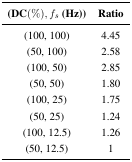
<table><thead><tr><td><b>(DC(%), <i>f<sub>s</sub></i>(Hz))</b></td><td><b>Ratio</b></td></tr></thead><tbody><tr><td>(100, 100)</td><td>4.45</td></tr><tr><td>(50, 100)</td><td>2.58</td></tr><tr><td>(100, 50)</td><td>2.85</td></tr><tr><td>(50, 50)</td><td>1.80</td></tr><tr><td>(100, 25)</td><td>1.75</td></tr><tr><td>(50, 25)</td><td>1.24</td></tr><tr><td>(100, 12.5)</td><td>1.26</td></tr><tr><td>(50, 12.5)</td><td>1</td></tr></tbody></table>